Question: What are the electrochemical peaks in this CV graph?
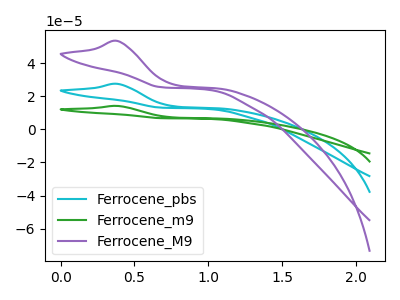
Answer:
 <answer>The cyan curve "Ferrocene_pbs" has an anodic peak at: (0.40V, 27.45uA). The green curve "Ferrocene_m9" has an anodic peak at: (0.40V, 54.90uA). The purple curve "Ferrocene_M9" has an anodic peak at: (0.40V, 53.30uA).</answer>
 <eval></eval>